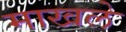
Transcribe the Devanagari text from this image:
माखले